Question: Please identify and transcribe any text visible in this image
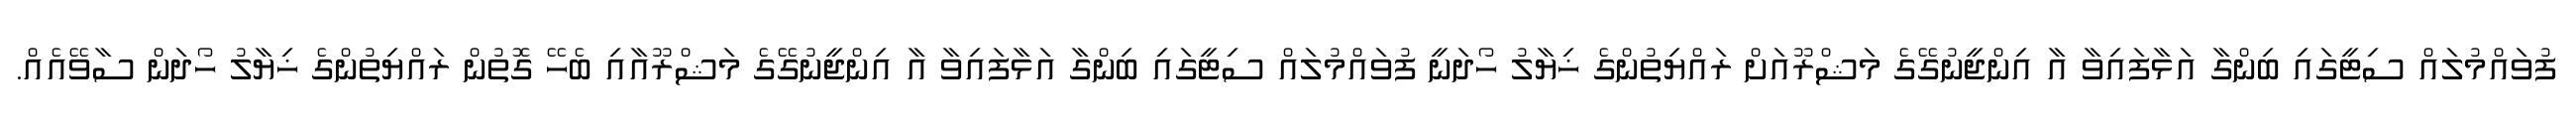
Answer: ފުވައްމުލައް ސިޓީގައި ބިންގާ އަޅާފައިވާ އާ އިންޖީނުގޭގެ މަޝްރޫއަށް ރައްޔިތުންގެ ޚިޔާލު ހޯދަނީ ފުވައްމުލައް ސިޓީގައި ބިންގާ އަޅާފައިވާ އާ އިންޖީނުގޭގެ މަޝްރޫއާއި ބެހޭ ގޮތުން ރައްޔިތުންގެ ޚިޔާލު ހޯދަން ސާވޭއެއް.